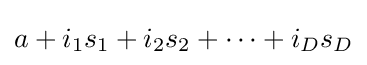
a+i_{1}s_{1}+i_{2}s_{2}+\cdots +i_{D}s_{D}